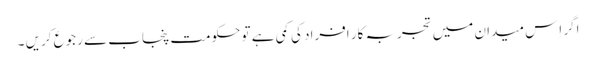
اگر اِس میدان میں تجربہ کار افراد کی کمی ہے تو حکومت پنجاب سے رجوع کریں ۔